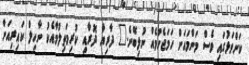
ކަށްވަޅުގައި ވެސް މަންމައަށް ހަމަޖެހުމެއް ނުލިބޭނެ." ދާރިޔާ ދޮރާއި ކުރިމަތިލުމާއެކު ނާހިލް ކައިރިއަށް